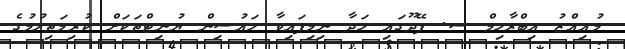
މުއިއްޒު އިބްރާހިމް ސ. ފޭދޫގައި ހަދާ ނިމިފައިވާ ހައުސިން ޔުނިޓްތަކަށް ކުރިމަތިލުމުގެ